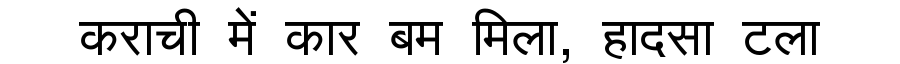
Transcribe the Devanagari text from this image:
कराची में कार बम मिला, हादसा टला